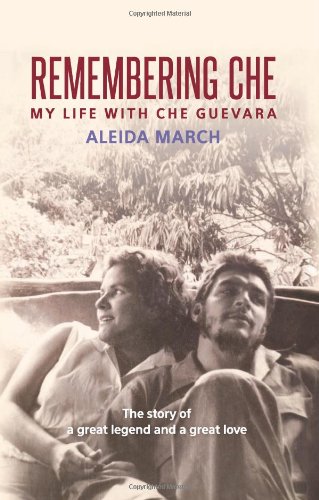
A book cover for Remembering Che: My Life with Che Guevara; Aleida March; Biographies & Memoirs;